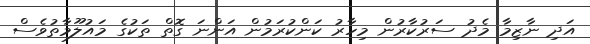
އަދި ނާޒިމާ މެދު ސަރުކާރުން މިހާރު ކަންކުރަމުން އަންނަ ގޮތް ތަކުގެ މައުލޫމާތުވެސް